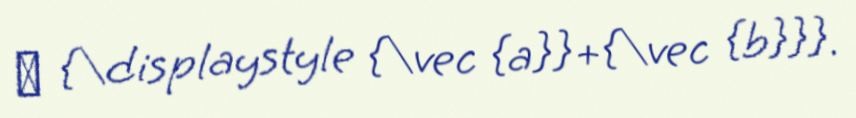
→ {\displaystyle {\vec {a}}+{\vec {b}}}.